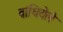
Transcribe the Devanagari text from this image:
बांधियेले